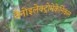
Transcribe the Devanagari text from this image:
नैनोइलेक्ट्रोमेकेनिकल